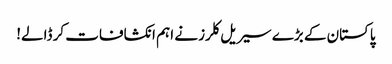
پاکستان کے بڑے سیریل کلرز نے اہم انکشافات کر ڈالے!